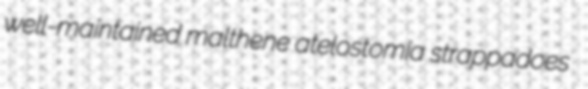
well-maintained malthene atelostomia strappadoes